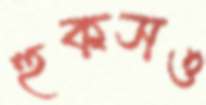
হুকসও